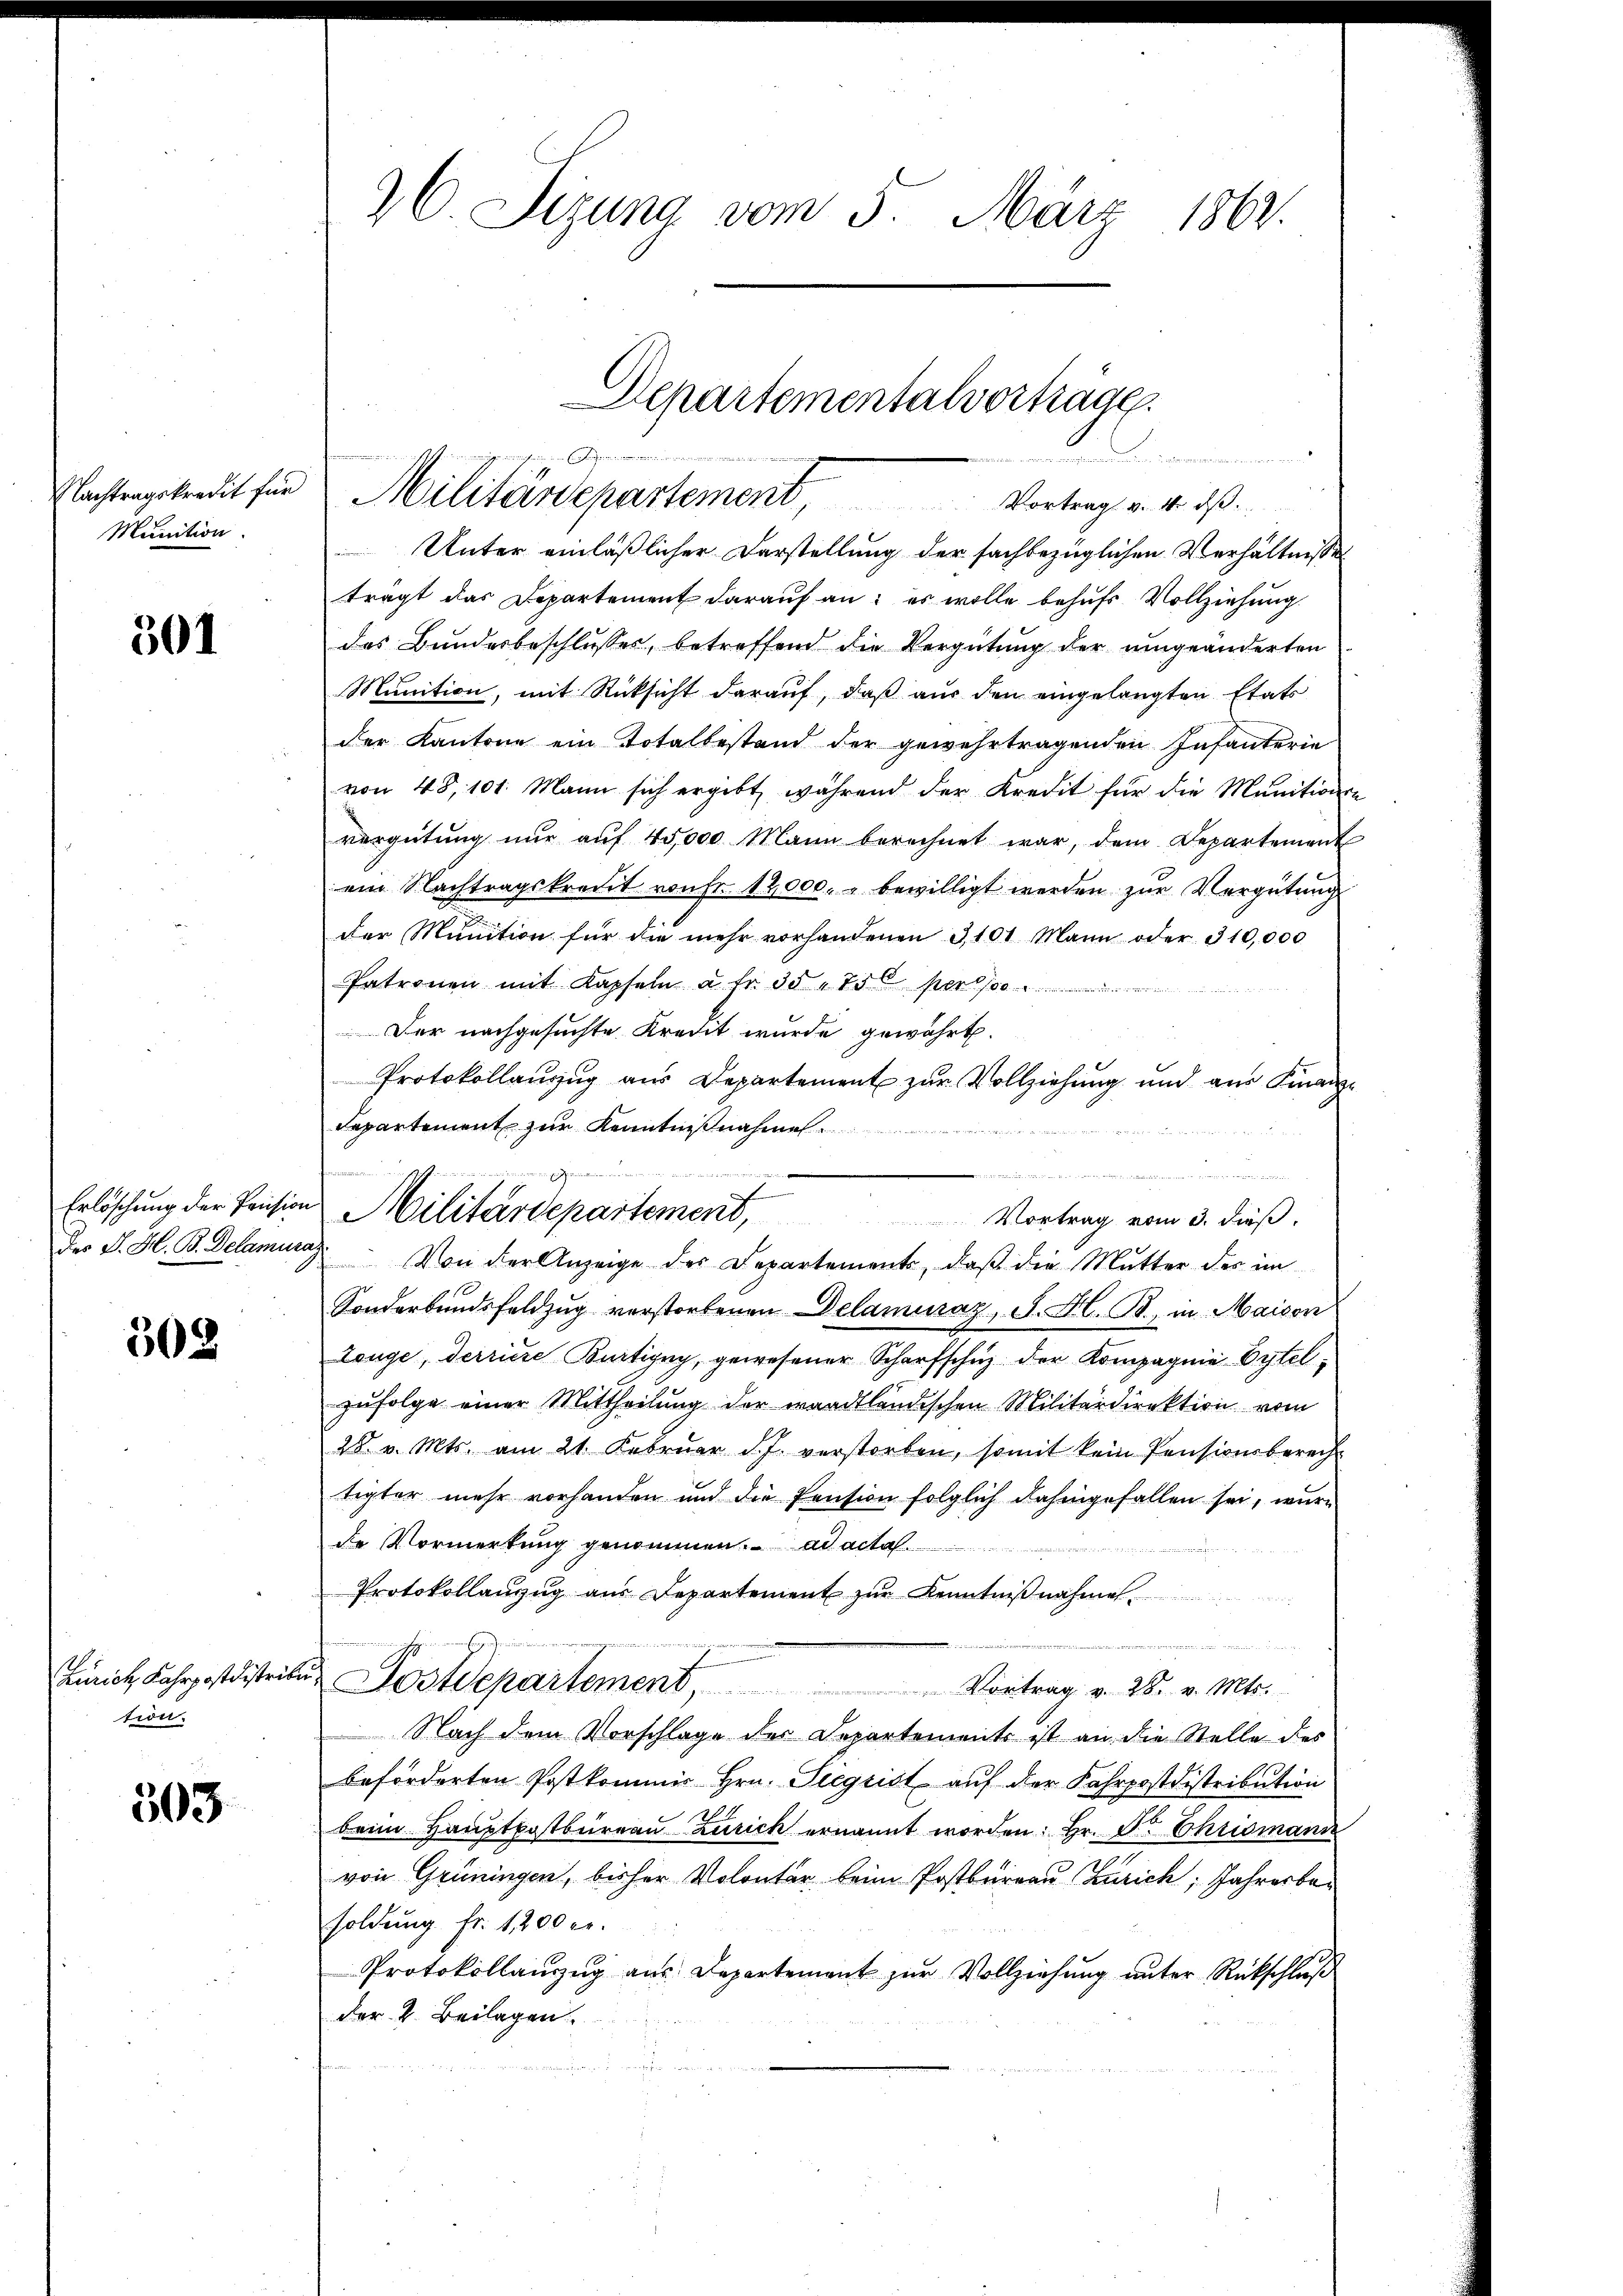
Nachtragskredit für
Munition.

301

Erlöschung der Prision
Der J. H. B. Delamur

502.

Zürich Fahrpostdistribe
tion.

503

36 Sizung vom 5. März 1864.

Unter einläßlicher Darstellung der sachbezüglichen Verhältnisse
trägt das Departement darauf an: es wolle behufs Vollziehung
des Bundesbeschlusses, betreffend die Vergütung der umgeänderten
Munition, mit Rücksicht darauf, daß aus den eingelangten Etats
der Kantone ein Totalbestand der gewehrtragenden Infanterie
von 48, 101. Mann sich ergibt, während der Kredit für die Munitionse
vergütŭng nŭr aŭf 45,000 Mann berechnet war, dem Departement
ein Nachtragskreut von Fr. 12,000. u bewilligt werden zur Vergütung
der Munition für die mehr vorhandenen 3,101 Mann oder 310,000
Patronen mit Kapfeln u. fr. 35 " 75 per
Der nachgesuchte Kredit wurde gewährt.
Protokollauszug aus Departement zur Vollziehung und aus Finanz¬
Departement zur Kenntnißnah
Von der Anzeige der Departement, daß die Mutter des im
Sonderbundsfeldzug verstorbenen Delamuraz, J. H. B. in Maison
Lange, derriere Bertigny, gewesener Scharfschuz der Kompagnie Oytelzufolge einer Mittheilung der waadtländischen Militärdirektion vom
28 v. Mts. am 21. Febrŭar d. J. verstorben, somit kein Pensionsberecht
tigter mehr vorhanden und die Pension folglich dahingefallen sei, wurde Vormerkung genommen. ad acta
Protokollanzŭg aŭs Departement zŭr Kenntniβnahme
n
Postdepartement, Vortrag v. 28. v. Mts.
Nach dem Vorschlage der Departements ist an die Stelle des
beforderten Postkommis Hrn. Siegrist auf der Fahrpostdistribution
beim Hauptkostbureau Zürich ernannt worden. Hr. Dr. Chrismann
von Grüningen, bisher Volontar beim Postburgau Zürich, Jahrerbar
soldung fr. 1200 rl.
Protokollanzŭg aŭs Departement zŭr Vollziehŭng ŭnter Rückschlŭβ
der 2. Beilagen.

inneren ein gemeinen

u
.
Militärdepartement,
Vortrag vom 3. dieß.

Separtementalvorträge.
nichtige Gegendenen
namen
Militärdepartement, Vortrag v. 4. ds.